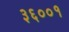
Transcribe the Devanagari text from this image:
३६००१